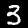
Label: 3